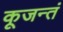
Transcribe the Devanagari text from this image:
कूजन्तं